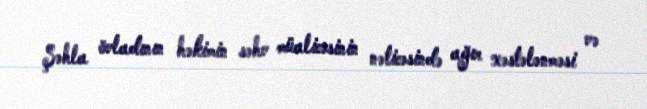
Şəhla övladının həkimin səhv müalicəsinin nəticəsində ağır xəstələnməsi və